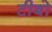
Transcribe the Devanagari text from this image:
टीबो